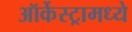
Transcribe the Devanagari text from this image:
ऑर्केस्ट्रामध्ये